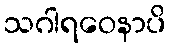
သဂါရဝေနာပိ